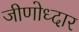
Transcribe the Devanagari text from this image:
जीणोध्दार